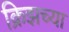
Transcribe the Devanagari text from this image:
क्रिझच्या